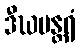
ဒီဃမန္တရံ